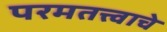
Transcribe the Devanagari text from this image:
परमतत्त्वाचे